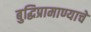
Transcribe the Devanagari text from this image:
बुद्धिप्रामाण्याचे